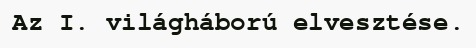
Az I. világháború elvesztése.